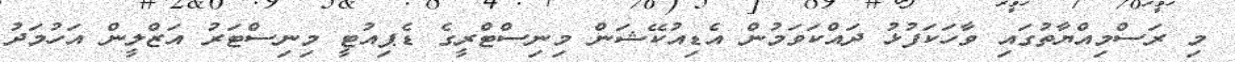
މި ރަސްމިއްޔާތުގައި ވާހަކަފުޅު ދައްކަވަމުން އެޑިއުކޭޝަން މިނިސްޓްރީގެ ޑެޕިއުޓީ މިނިސްޓަރު އަޒްލީން އަހުމަދު